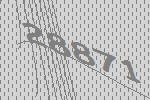
28871